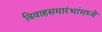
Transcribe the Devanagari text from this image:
विवाहसमारंभांमध्ये